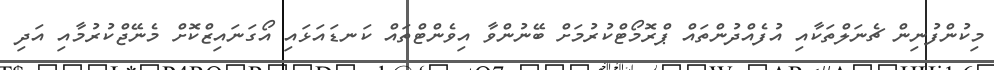
މިކުންފުނިން ޗެނަލްތަކާއި އުފެއްދުންތައް ޕްރޮމޯޓްކުރުމަށް ބޭނުންވާ އިވެންޓްތައް ކަނޑައަޅައި އޯގަނައިޒްކޮށް މެނޭޖްކުރުމާއި އަދި